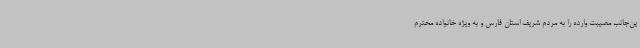
ین‌جانب مصیبت وارده را به مردم شریف استان فارس و به ویژه خانواده محترم